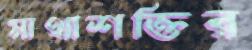
মাথাশক্তির